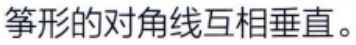
筝形的对角线互相垂直。